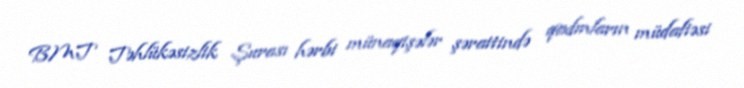
BMT Təhlükəsizlik Şurası hərbi münaqişələr şəraitində qadınların müdafiəsi